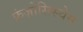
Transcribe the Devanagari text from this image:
फ्रंज़ोसिस्चेस